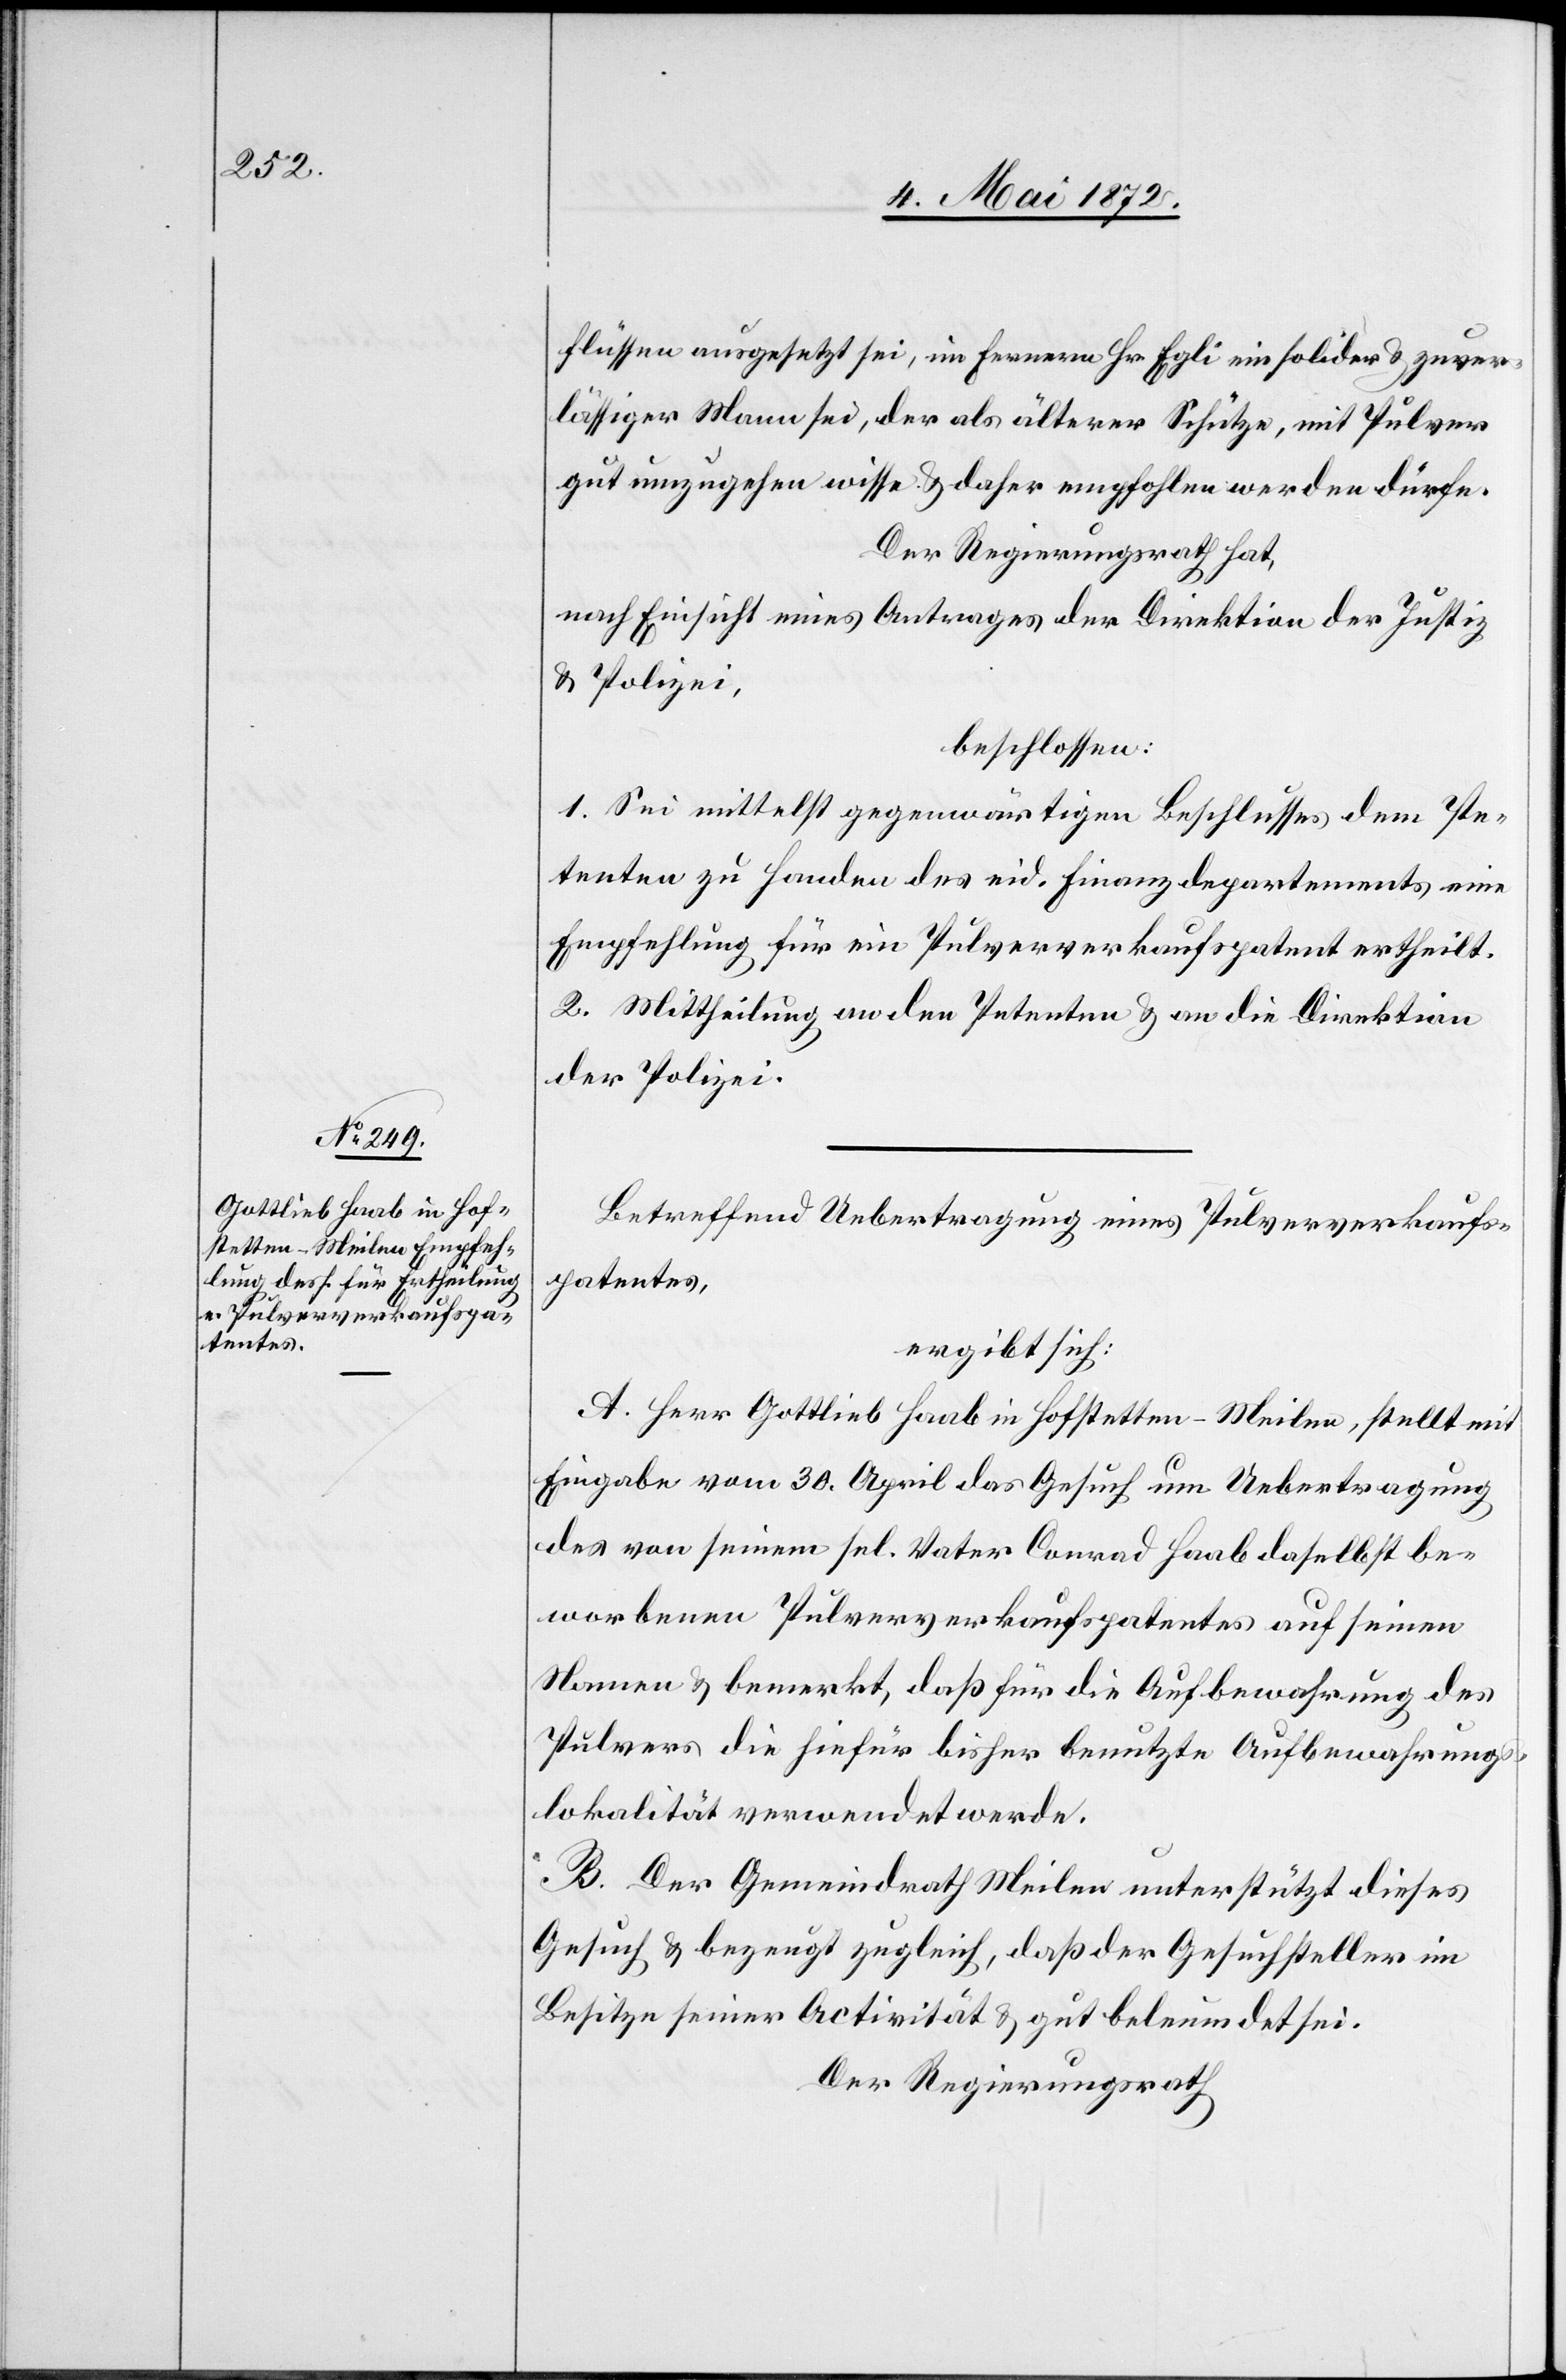
flüssen ausgesetzt sei, im Fernern Hr. Egli ein solider u. zuver¬
lässiger Mann sei, der als älterer Schütze, mit Pulver
gut umzugehen wisse u. daher empfohlen werden dürfe.
Der Regierungsrath hat,
nach Einsicht eines Antrages der Direktion der Justiz
u. Polizei,
beschlossen:
1. Sei mittelst gegenwärtigen Beschlusses dem Pe¬
tenten zu Handen des eid. Finanzdepartements eine
Empfehlung für ein Pulververkaufspatent ertheilt.
2. Mittheilung an den Petenten u. an die Direktion
der Polizei.
Betreffend Uebertragung eines Pulververkaufs¬
patentes,
ergibt sich:
A. Herr Gottlieb Haab in Hofstetten - Meilen, stellt mit
Eingabe vom 30. April das Gesuch um Uebertragung
des von seinem sel. Vater Conrad Haab daselbst be¬
worbenen Pulververkaufspatentes auf seinen
Namen u. bemerkt, daß für die Aufbewahrung des
Pulvers die hiefür bisher benutzte Aufbewahrungs¬
lokalität verwendet werde.
B. Der Gemeindrath Meilen unterstützt dieses
Gesuch u. bezeugt zugleich, daß der Gesuchsteller im
Besitze seiner Activität u. gut beleumdet sei.
Der Regierungsrath[,]